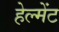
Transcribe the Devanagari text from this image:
हेल्मेंट